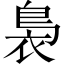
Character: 裊